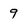
Character: 9